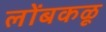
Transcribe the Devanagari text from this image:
लोंबकळू